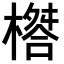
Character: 𣛇